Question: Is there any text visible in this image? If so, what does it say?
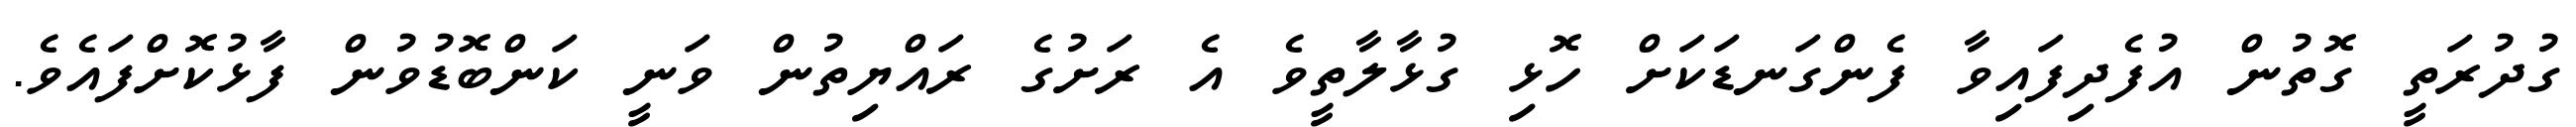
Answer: ގުދުރަތީ ގޮތުން އުފެދިފައިވާ ފެންގަނޑަކަށް ހޮޅި ގުޅާލާތީވެ އެ ރަށުގެ ރައްޔިތުން ވަނީ ކަންބޮޑުވުން ފާޅުކޮށްފައެވެ.